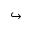
\hookrightarrow